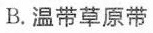
B.温带草原带